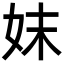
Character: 妺